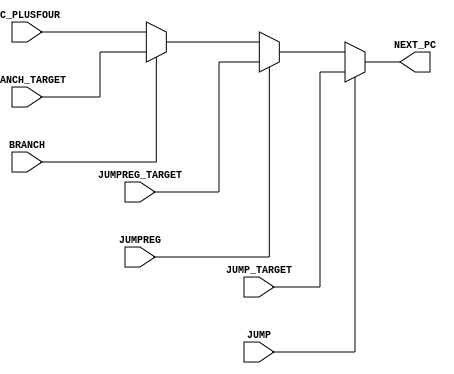
`timescale 1ns / 100ps
//////////////////////////////////////////////////////////////////////////////////
// Company: 
// Engineer: 
// 
// Design Name: 
// Module Name: PCSelect.v
// Project Name: 
// Target Devices: 
// Tool Versions: 
// Description: 
// 
// Dependencies: 
// 
// Revision:
// Revision 0.01 - File Created
// Additional Comments:
// 
//////////////////////////////////////////////////////////////////////////////////

module PCSelect (
    input         JUMP,
    input         JUMPREG,
    input         BRANCH,
    input   [31:0]PC_PLUSFOUR,
    input   [31:0]JUMP_TARGET,
    input   [31:0]JUMPREG_TARGET,
    input   [31:0]BRANCH_TARGET,
    output  [31:0]NEXT_PC
);
    assign NEXT_PC = (JUMP) ? JUMP_TARGET: 
                     (JUMPREG) ? JUMPREG_TARGET:
                     (BRANCH) ? BRANCH_TARGET : PC_PLUSFOUR;

endmodule